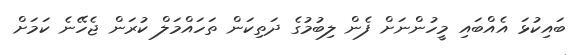
ބައިކުޅަ އެއްބައި މީހުންނަށް ފެން ލިބުމުގެ ދަތިކަން ތަހައްމަލް ކުރަން ޖެހޭނެ ކަމަށް